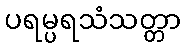
ပရမ္ပရသံသတ္တာ